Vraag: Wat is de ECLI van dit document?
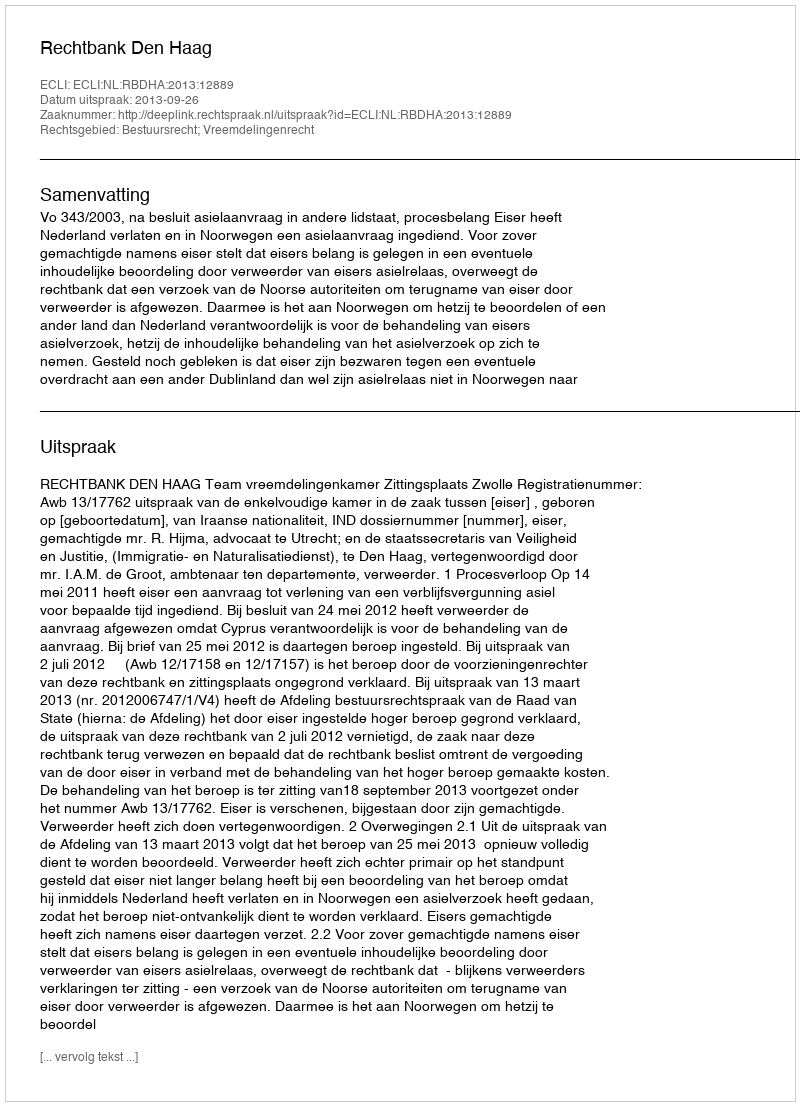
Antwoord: ECLI:NL:RBDHA:2013:12889